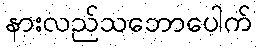
နားလည်သဘောပေါက်